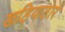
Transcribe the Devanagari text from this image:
खड़ियाठार